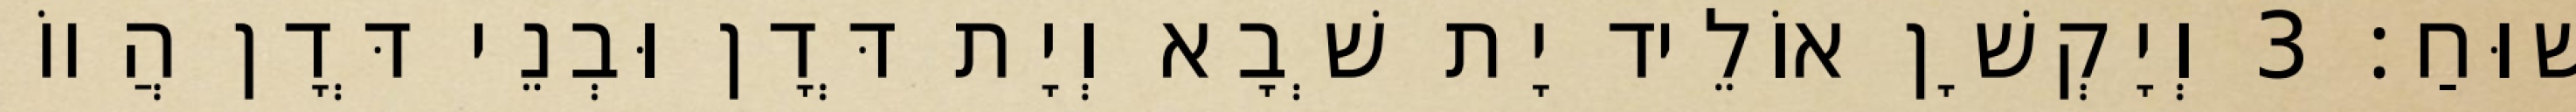
שׁוּחַ׃ 3 וְיָקְשָׁן אוֹלֵיד יָת שְׁבָא וְיָת דְּדָן וּבְנֵי דְּדָן הֲווֹ